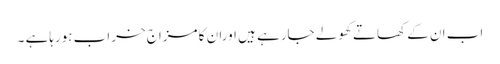
اب ان کے کھاتے کھولے جارہے ہیں اوران کا مزاج خراب ہورہاہے ۔